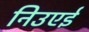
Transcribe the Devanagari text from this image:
निउएई